Annual report of the Punjab Veterinary College and of the Civil Veterinary Department, Punjab - 1920-1925
Year: 1920
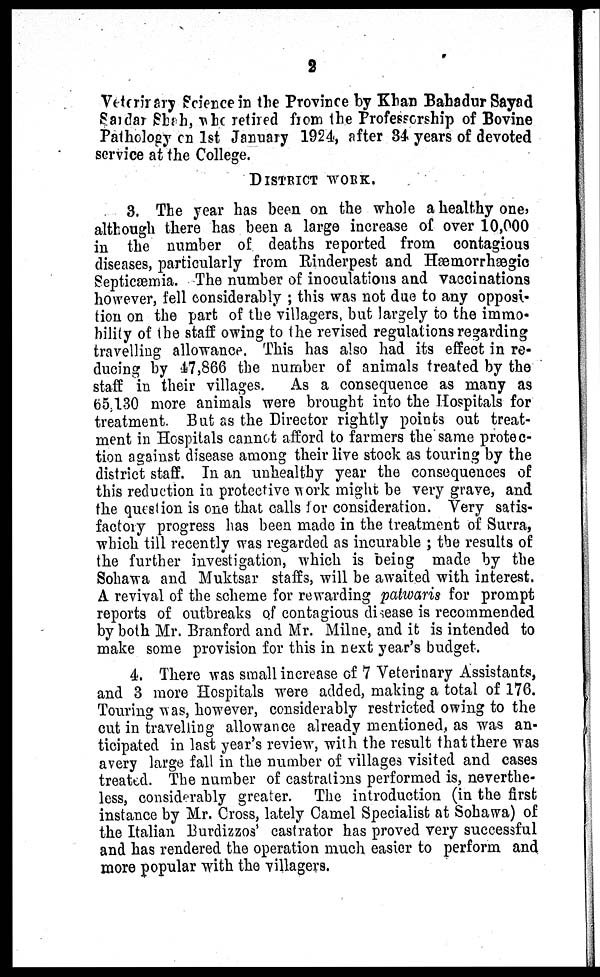
2
Veterinary Science in the Province by Khan Bahadur Sayad
Sardar Shah, who retired from the Professorship of Bovine
Palhology on 1st January 1924, after 34 years of devoted
service at the College.
DISTRICT WORK.
3. The year has been on the whole a healthy one,
although there has been a large increase of over 10,000
in the number of deaths reported from contagious
diseases, particularly from Rinderpest and Hæmorrhægic
Septicæmia. The number of inoculations and vaccinations
however, fell considerably; this was not due to any opposi-
tion on the part of the villagers, but largely to the immo-
bility of the staff owing to the revised regulations regarding
travelling allowance. This has also had its effect in re-
ducing by 47,866 the number of animals treated by the
staff in their villages. As a consequence as many as
65,130 more animals were brought into the Hospitals for
treatment. But as the Director rightly points out treat-
ment in Hospitals cannot afford to farmers the same protec-
tion against disease among their live stock as touring by the
district staff. In an unhealthy year the consequences of
this reduction in protective work might be very grave, and
the question is one that calls for consideration. Very satis-
factory progress has been made in the treatment of Surra,
which till recently was regarded as incurable; the results of
the further investigation, which is being made by the
Sohawa and Muktsar staffs, will be awaited with interest.
A revival of the scheme for rewarding patwaris for prompt
reports of outbreaks of contagious disease is recommended
by both Mr. Branford and Mr. Milne, and it is intended to
make some provision for this in next year's budget.
4. There was small increase of 7 Veterinary Assistants,
and 3 more Hospitals were added, making a total of 176.
Touring was, however, considerably restricted owing to the
cut in travelling allowance already mentioned, as was an-
ticipated in last year's review, with the result that there was
avery large fall in the number of villages visited and cases
treated. The number of castrations performed is, neverthe-
less, considerably greater. The introduction (in the first
instance by Mr. Cross, lately Camel Specialist at Sohawa) of
the Italian Burdizzos' castrator has proved very successful
and has rendered the operation much easier to perform and
more popular with the villagers.